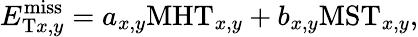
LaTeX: E_{\mathrm{T}x,y}^{\mathrm{miss}}=a_{x,y}{\mathrm{MHT}}_{x,y}+b_{x,y}{\mathrm{MST}}_{x,y},